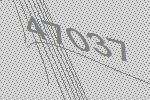
47037